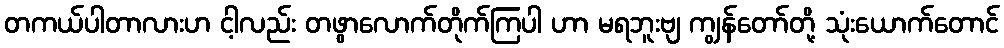
တကယ်ပါတာလားဟ ငါ့လည်း တဖွာလောက်တိုက်ကြပါ ဟာ မရဘူးဗျ ကျွန်တော်တို့ သုံးယောက်တောင်